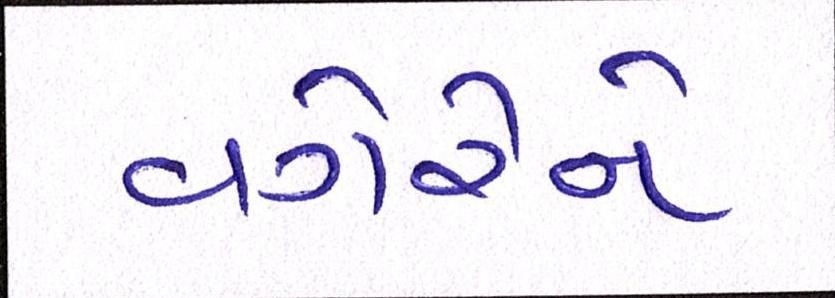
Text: વગેરેને